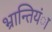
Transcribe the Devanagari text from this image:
भ्रान्तियंा